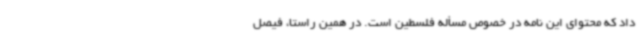
داد که محتوای این نامه در خصوص مسأله فلسطین است. در همین راستا، فیصل